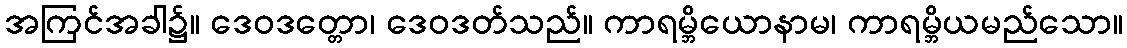
အကြင်အခါ၌။ ဒေဝဒတ္တော၊ ဒေဝဒတ်သည်။ ကာရမ္ဘိယောနာမ၊ ကာရမ္ဘိယမည်သော။